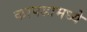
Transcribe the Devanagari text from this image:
कापडामध्ये